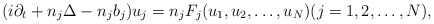
\begin{align*}(i \partial_t +n_j\Delta - n_j b_j) u_j = n_j F_j( u_1, u_2,\dots , u_N)(j=1,2,\dots,N), \end{align*}